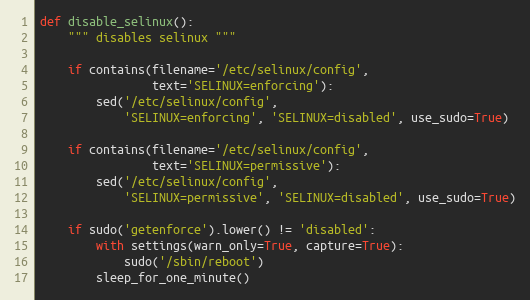
Language: Python
def disable_selinux():
    """ disables selinux """

    if contains(filename='/etc/selinux/config',
                text='SELINUX=enforcing'):
        sed('/etc/selinux/config',
            'SELINUX=enforcing', 'SELINUX=disabled', use_sudo=True)

    if contains(filename='/etc/selinux/config',
                text='SELINUX=permissive'):
        sed('/etc/selinux/config',
            'SELINUX=permissive', 'SELINUX=disabled', use_sudo=True)

    if sudo('getenforce').lower() != 'disabled':
        with settings(warn_only=True, capture=True):
            sudo('/sbin/reboot')
        sleep_for_one_minute()